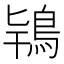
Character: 𮬰